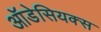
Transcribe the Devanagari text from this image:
ऑडेसियक्स